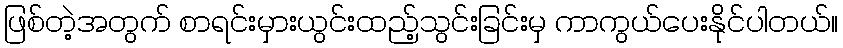
ဖြစ်တဲ့အတွက် စာရင်းမှားယွင်းထည့်သွင်းခြင်းမှ ကာကွယ်ပေးနိုင်ပါတယ်။